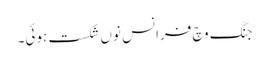
جنگ وچ فرانس نوں شکست ہوئی۔